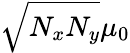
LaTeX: \sqrt{N_{x}N_{y}}\mu_{0}